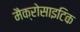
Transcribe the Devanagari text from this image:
मैक्रोसाइटिक